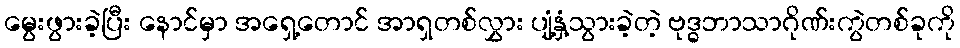
မွေးဖွားခဲ့ပြီး နောင်မှာ အရှေ့တောင် အာရှတစ်လွှား ပျံ့နှံ့သွားခဲ့တဲ့ ဗုဒ္ဓဘာသာဂိုဏ်းကွဲတစ်ခုကို